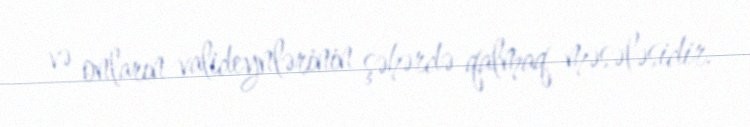
və onların valideynlərinin şəhərdə qalmaq məsələsidir.